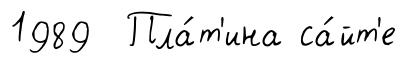
1989 Пла́т'ина са́йт'е